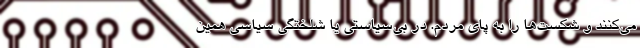
می‌کنند و شکست‌ها را به پای مردم. در بی‌سیاستی یا شلختگی سیاسی همین